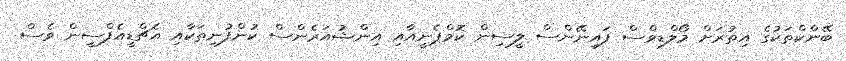
ބޭންކްތަކުގެ އިތުރަށް މޯލްޑިވްސް ފައިނޭންސް ލީސިން ކޮމްޕެނީއާއި އިންޝުއަރެންސް ކުންފުނިތަކާއި އެޗްޑީއެފްސީން ވެސް